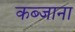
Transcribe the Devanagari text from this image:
कब्जाना